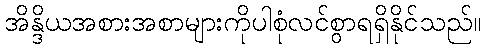
အိန္ဒိယအစားအစာများကိုပါစုံလင်စွာရရှိနိုင်သည်။